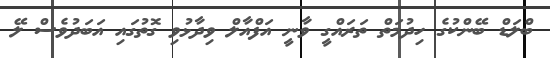
ބްލަޑް ބޭންކުގެ ހިދުމަތް ތަރައްގީ ވާނީ އަފްއާލް ވިދާޅުވި ގޮތުގައި އަބަދުވެސް ލޭ